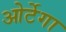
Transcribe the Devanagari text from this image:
ओर्टेगा